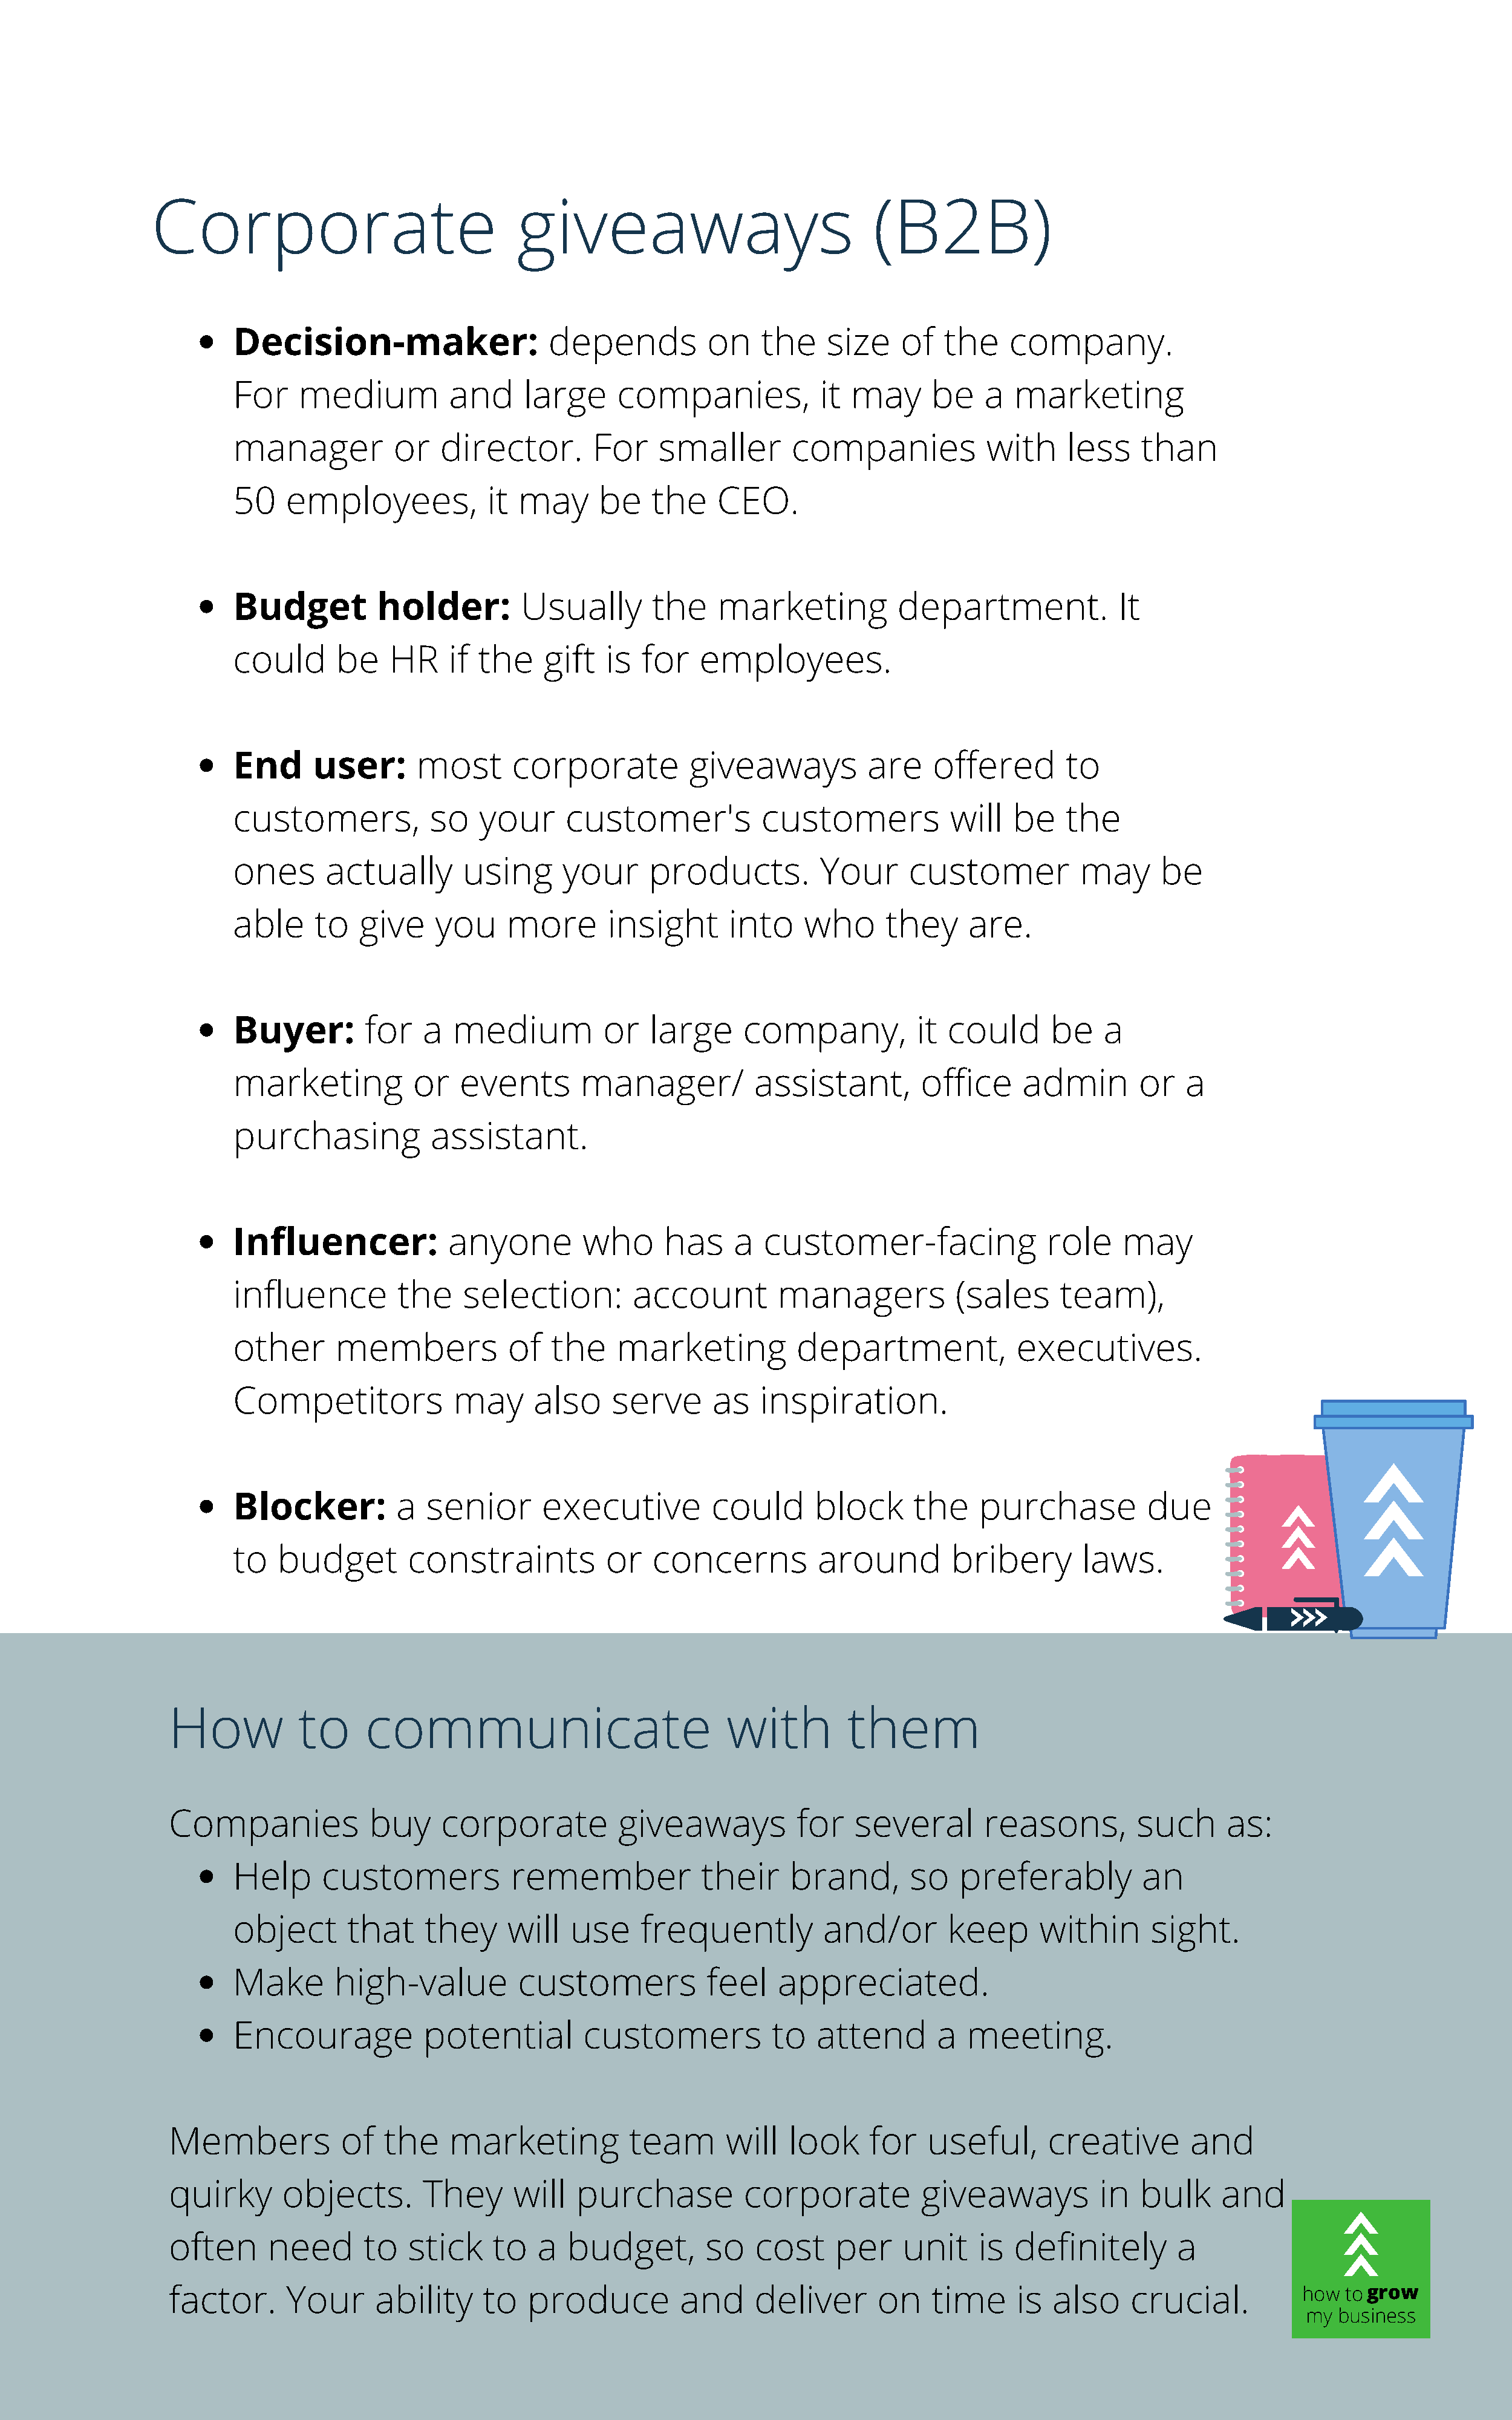
Corporate                               giveaways                              (B2B)
 Decision-maker:                    depends          on    the     size    of  the     company.
 For     medium          and     large      companies,            it may      be    a  marketing
 manager           or   director.        For    smaller        companies            with     less    than
 50    employees,            it  may      be   the     CEO.
 Budget          holder:         Usually       the     marketing          department.             It
 could       be    HR    if the     gift  is  for    employees.
 End      user:       most      corporate          giveaways           are    offered        to
 customers,            so   your      customer's           customers            will   be    the
 ones       actually       using      your     products.          Your      customer          may      be
 able     to   give     you     more       insight      into    who      they     are.
 Buyer:         for   a   medium          or   large     company,           it  could      be    a
 marketing           or   events        manager/           assistant,        office     admin        or   a
 purchasing            assistant.
 Influencer:             anyone         who      has    a   customer-facing                role    may
 influence          the    selection:        account         managers            (sales     team),
 other       members            of  the     marketing          department,             executives.
 Competitors              may     also     serve      as   inspiration.
 Blocker:          a   senior      executive          could      block      the    purchase           due
 to   budget         constraints          or   concerns           around        bribery        laws.
 How            to     communicate                             with         them
 Companies             buy     corporate           giveaways          for    several       reasons,         such     as:
 Help      customers            remember             their    brand,        so   preferably          an
 object       that    they      will  use     frequently          and/or        keep      within      sight.
 Make        high-value          customers           feel    appreciated.
 Encourage            potential         customers            to  attend        a  meeting.
 Members            of   the    marketing           team       will  look     for    useful,      creative       and
 quirky       objects.       They      will   purchase          corporate           giveaways          in   bulk     and
 often      need       to   stick    to   a  budget,        so    cost     per    unit    is  definitely        a
 factor.      Your      ability     to   produce         and      deliver      on    time     is  also     crucial.           how togrow
 my business